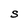
Character: S